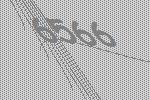
6566